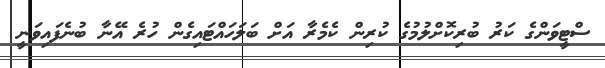
ސްޓީވަންގެ ކަރު ބުރިކޮށްލުމުގެ ކުރިން ކެމެރާ އަށް ބަލަހައްޓައިގެން ހުރެ އޭނާ ބުނެފައިވަނީ